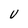
Character: v